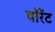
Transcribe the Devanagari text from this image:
वॉरेंट